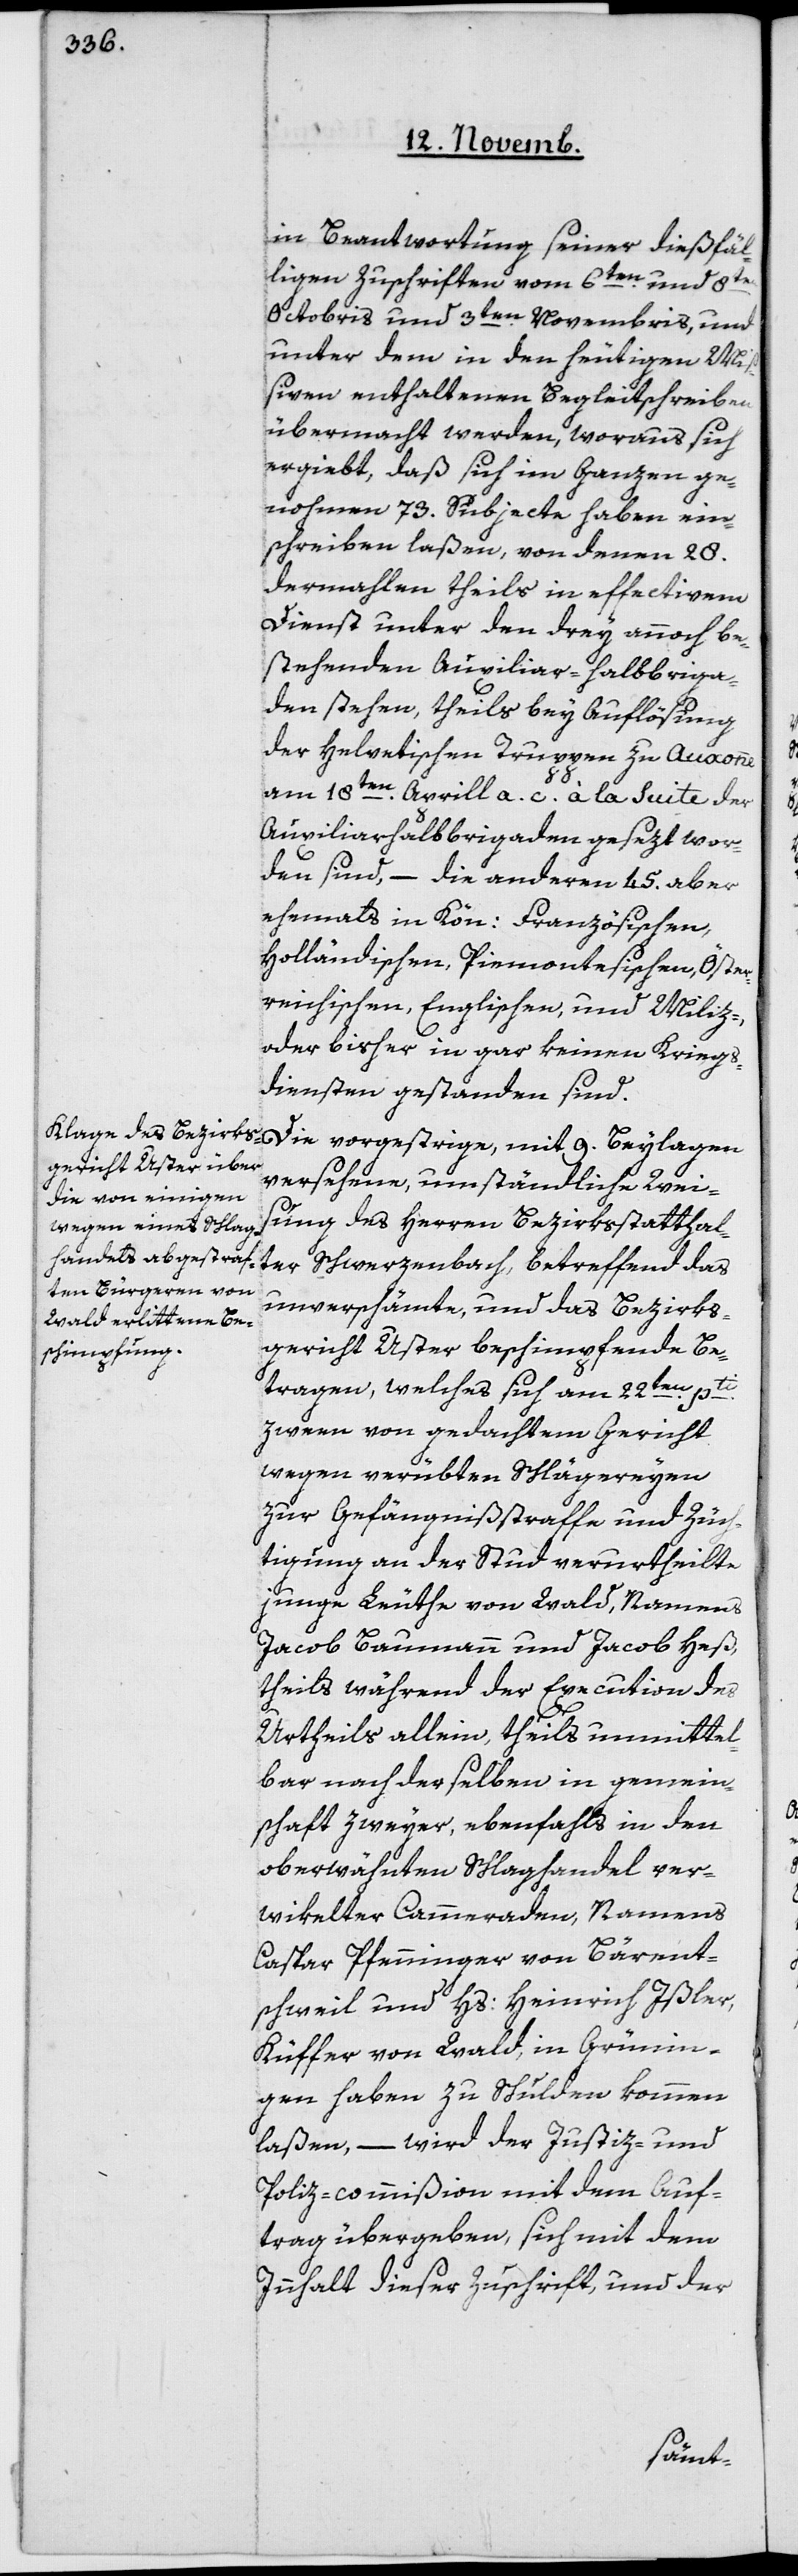
in Beantwortung seiner dießfäl¬
ligen Zuschriften vom 6ten und 8ten
Octobris und 3ten Novembris, und
unter dem in den heutigen Miß¬
iven enthaltenen Begleitschreiben
übermacht werden, woraus sich
ergiebt, daß sich im Ganzen ge¬
nohmen 73 Subjecte haben ein¬
schreiben laßen, von denen 28
dermahlen theils in effectivem
Dienst unter den drey annoch be¬
stehenden Auxiliar-Halbbriga¬
den stehen, theils bey Auflösung
der Helvetischen Truppen zu Auxonne
am 18ten Aprill a. c. à la Suite der
Auxiliarhalbbrigaden gesezt wor¬
den sind, – die andern 45 aber
ehemals in Kön. Französischen,
Holländischen, Piemontesischen, Öster¬
reichischen, Englischen, und Miliz-
oder bisher in gar keinen Kriegs¬
diensten gestanden sind.
Die vorgestrige, mit 9 Beylagen
versehene, umständliche Wei¬
sung des Herren Bezirksstatthal¬
ter Schwerzenbach, betreffend das
unverschämte, und das Bezirks¬
gericht Uster beschimpfende Be¬
tragen, welches sich am 22ten pti
zween von gedachtem Gericht
wegen verübten Schlägereyen
zur Gefängnißstrafe und Züch¬
tigung an der Stud verurtheilte
junge Leute von Wald, namens
Jacob Baumann und Jacob Heß,
theils während der Execution des
Urtheils allein, theils unmittel¬
bar nach derselben in Gemein¬
schaft zweyer, ebenfalls in den
oberwähnten Schlaghandel ver¬
wikelter Cammeraden, namens
Caspar Pfenninger von Bärent¬
schweil und Hs. Heinrich Ißler,
Küfer von Wald, in Grünin¬
gen haben zu Schulden kommen
laßen, – wird der Justiz- und
Polizey-commißion mit dem Auf¬
trag übergeben, sich mit dem
Innhalt dieser Zuschrift, und der